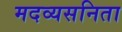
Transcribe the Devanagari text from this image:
मदव्यसनिता